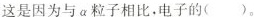
这是因为与α粒子相比。电子的()。